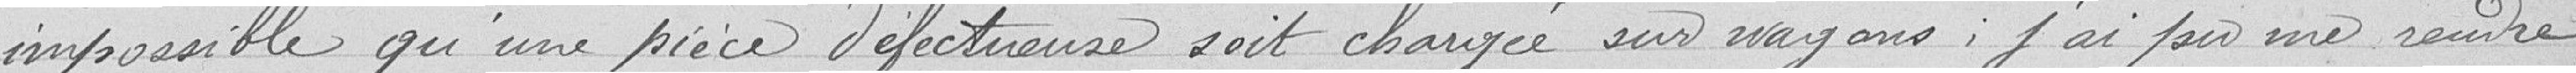
impossible qu'une pièce défectueuse soit chargée sur wagons, j'ai pu me rendre